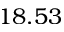
1 8 . 5 3